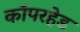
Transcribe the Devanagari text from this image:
कॉपरहेड